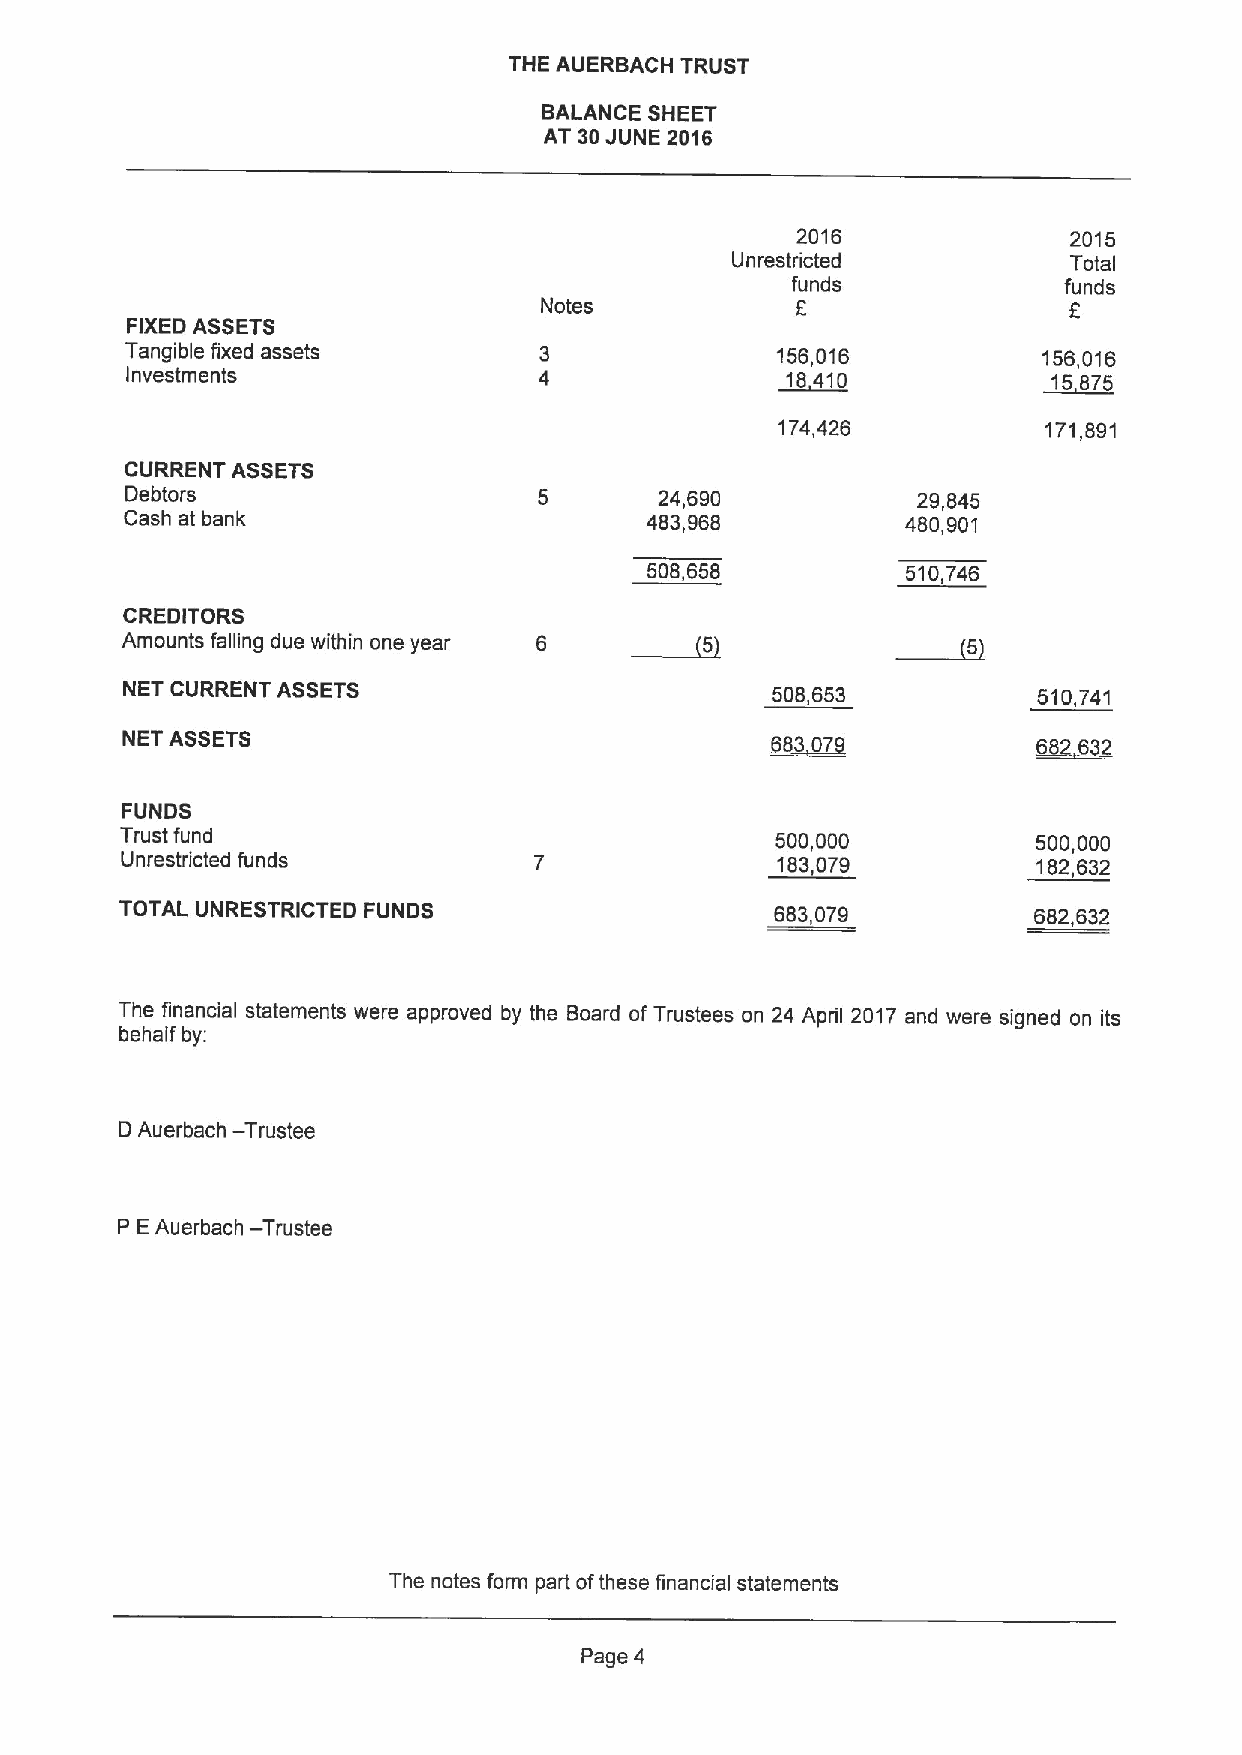
THE AUERBACH TRUST
 BALANCE SHEET
 AT 30JUNE 2016
 2016              2015
 Unrestricted           Total
 funds             funds
 Notes            5                 F
 FIXEDASSETS
 Tangible fixed assets                      156,016           156,016
 Investments                                 18410             15875
 174,426          171,891
 CURRENT ASSETS
 Debtors                     5       24,690           29,845
 Cash at bank                       483,968          480,901
 508,658          510,746
 ~5
 CREDITORS
 Amounts falling due within one year 6
 NET CURRENT ASSETS                         508,653           510,741
 NET ASSETS                                   307
 FUNDS
 Trust fund                                 500,000           500,000
 Unrestdicted funds                         183,079           182,632
 TOTAL UNRESTRICTED FUNDS                   683,079          682,632
 The financial statements were approved by the Board of Trustees on 24 April 2017 and were signed on its
 behalf by:
 —
 D Auerbach Trustee
 —
 P EAuerbach Trustee
 The notes form part ofthese financial statements
 Page 4